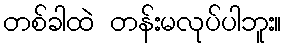
တစ်ခါထဲ တန်းမလုပ်ပါဘူး။